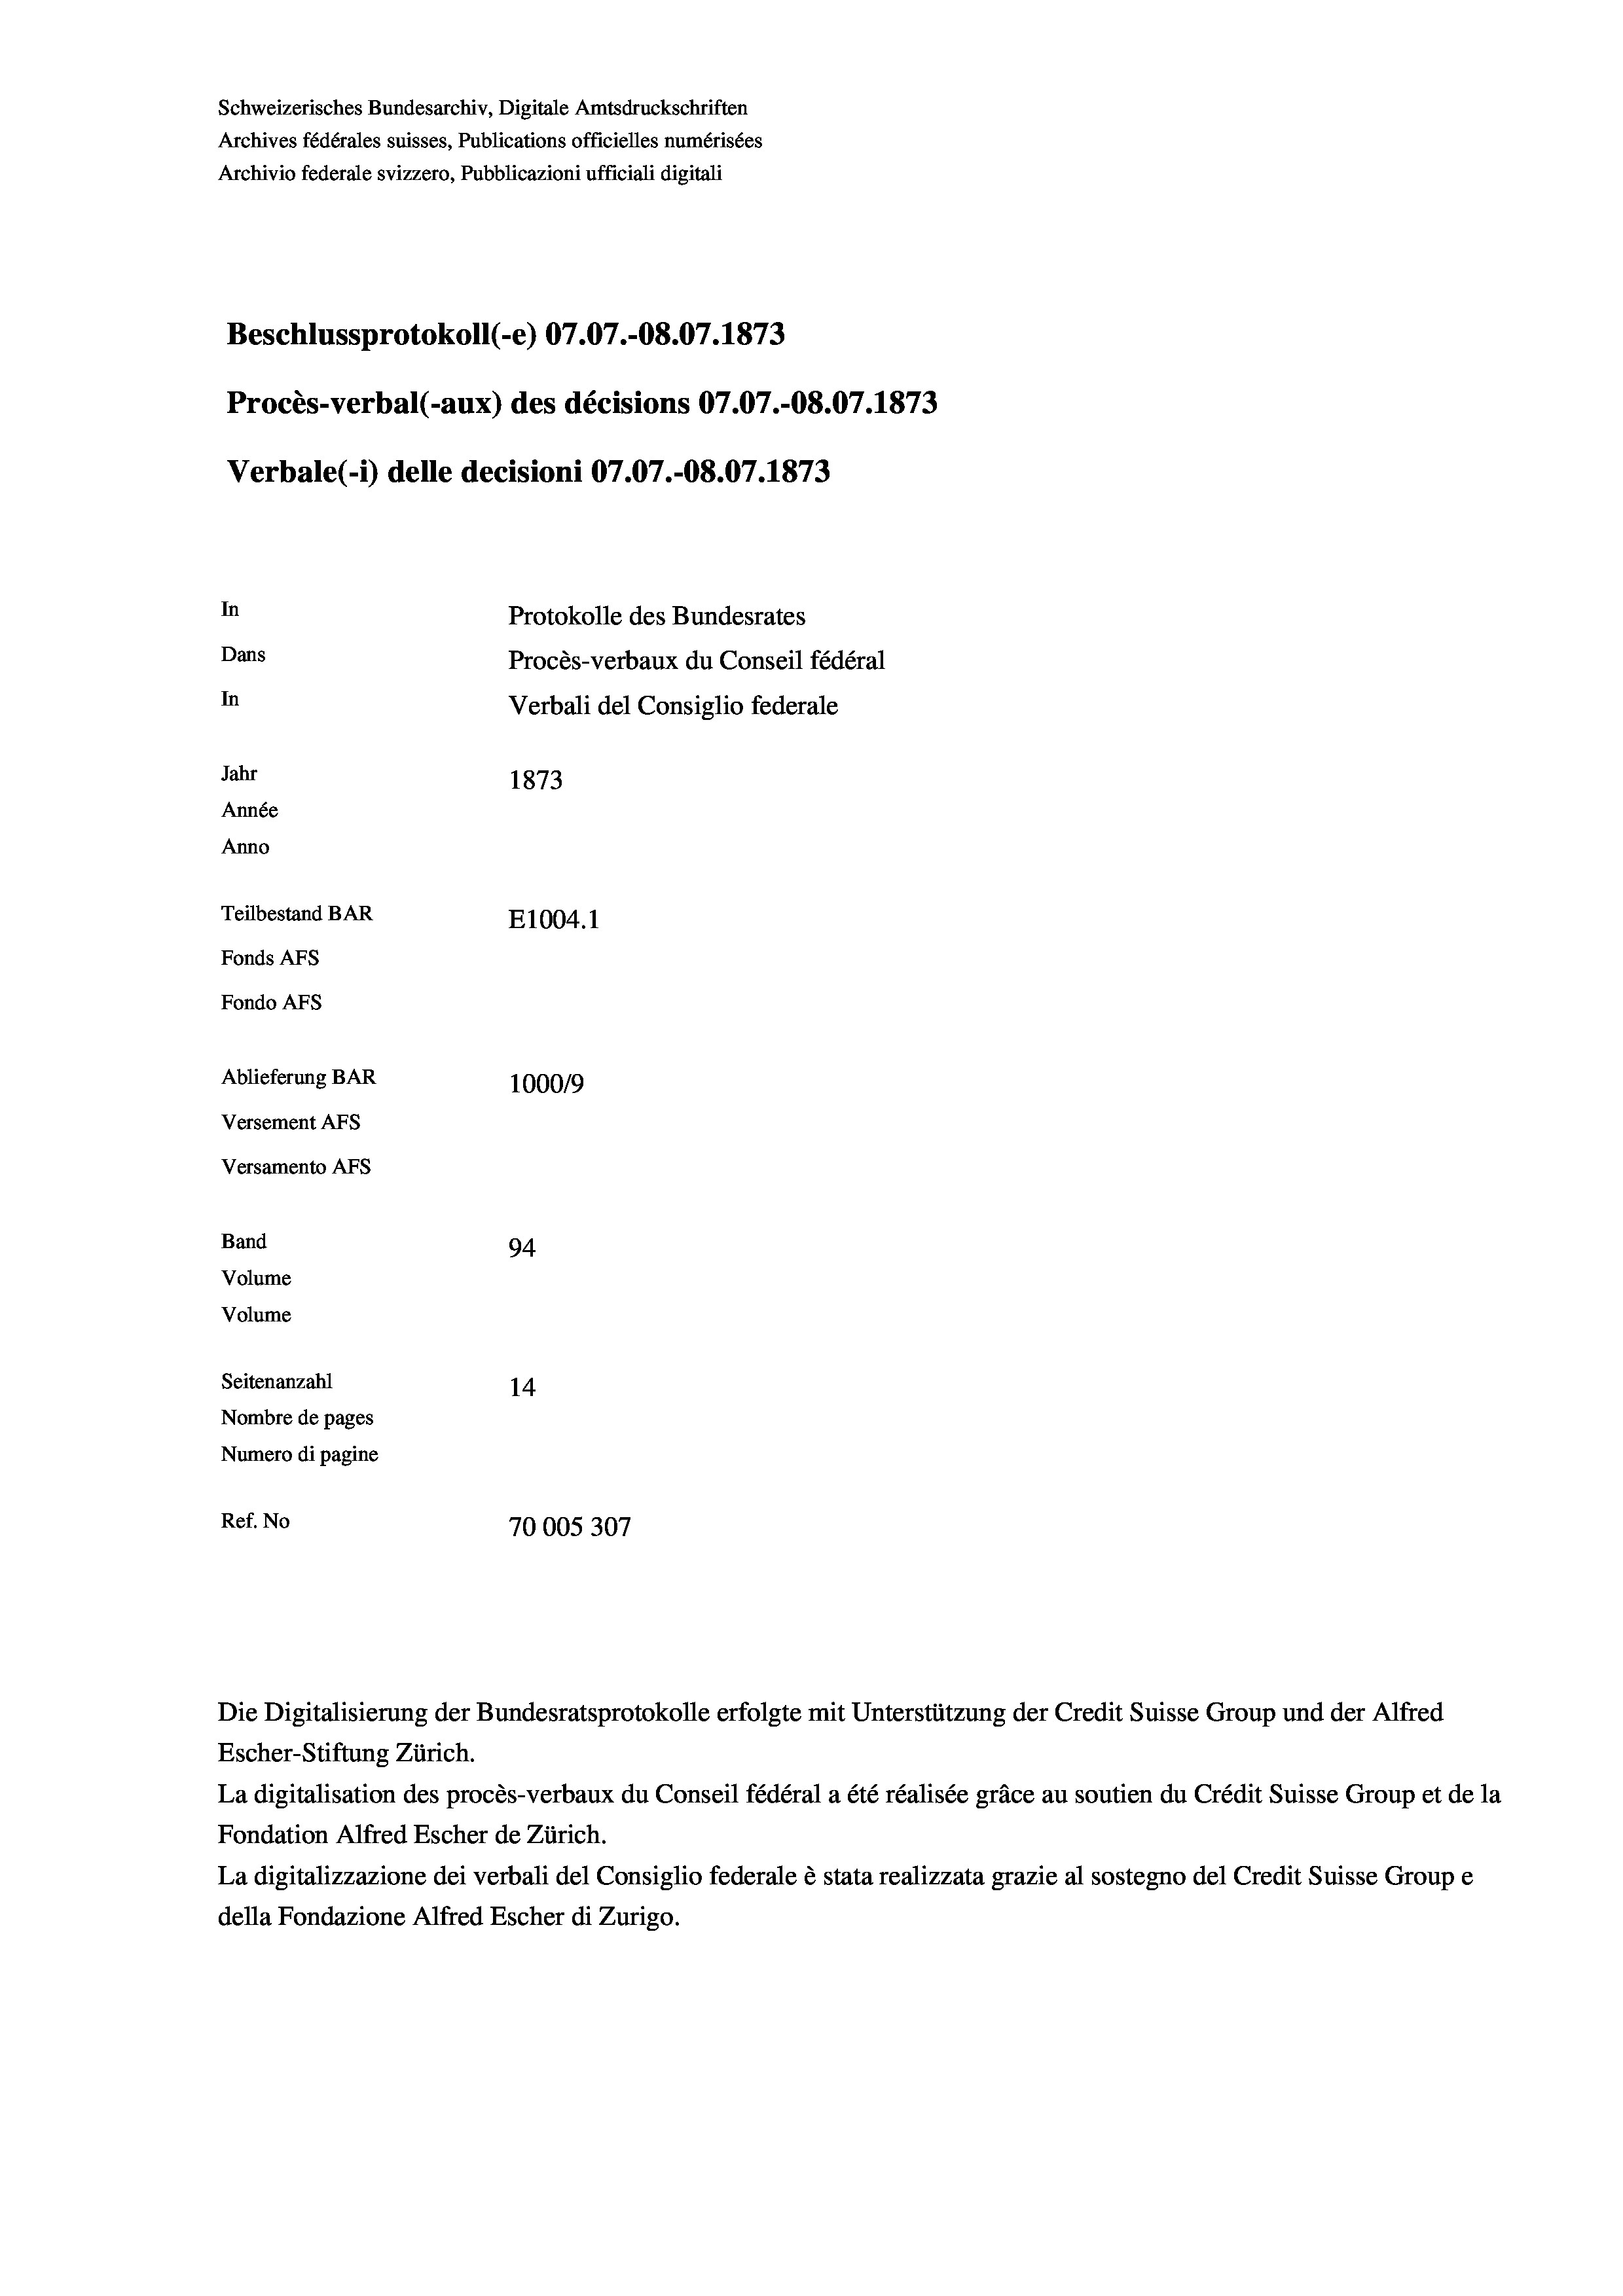
Schweizerisches Bundesarchiv, Digitale Amtsdruckschriften
Archives fédérales suisses, Publications officielles numérisées
Archivio federale svizzero, Pubblicazioni ufficiali digitali
Beschlussprotokoll (-e) 07.07.-08.07. 1873
Procès-verbal (-aux) des décisions 07.07.-O8.07. 1873
Verbale(*) delle decisioni 07.07.-O8.07. 1873
In
Protokolle des Bundesrates
Dans
Procès-verbaux du Conseil fédéral
In
Verbali del Consiglio federale
Jahr
1873
Année
Anno
Teilbestand BAR
E1004. 1
Fonds AFs
Fondo Afs
Ablieferung BAR
100019
Versement AFs
Versamento AFs
Band
94.
Volume
Volume
Seitenanzahl
14
Nombre de pages
Numero di pagine
Ref. No
70005307

Escher-Stiftung Zürich.
La digitalisation des procès-verbaux du Conseil fédéral a été réalisée gräce au soutien du Crédit Suisse Group et de la
Fondation Alfred Escher de Zürich.
La digitalizzazione dei verbali del Consiglio federale è stata realizzata grazie al sostegno del Credit Suisse Groupe
della Fondazione Alfred Escher di Zurigo.

Die Digitalisierung der Bundesratsprotokolle erfolgte mit Unterstützung der Credit Suisse Group und der Alfred